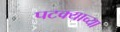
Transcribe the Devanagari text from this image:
पटक्याच्या